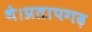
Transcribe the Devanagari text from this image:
थे।प्रतापगढ़